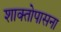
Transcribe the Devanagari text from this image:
शाक्तोपासना